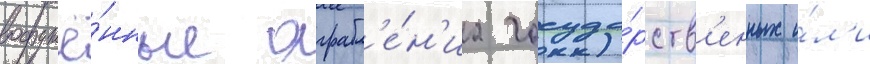
вооружё́нные ограбл'е́н'иа госуда́рств'енных и́л'и